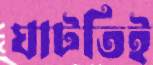
ঘাটতিই